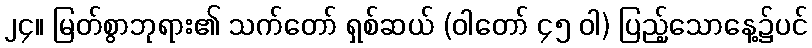
၂၄။ မြတ်စွာဘုရား၏ သက်တော် ရှစ်ဆယ် (ဝါတော် ၄၅ ဝါ) ပြည့်သောနေ့၌ပင်